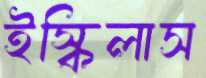
ইস্কিলাস